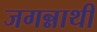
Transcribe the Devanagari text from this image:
जगन्नाथी